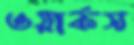
ওয়ার্কস